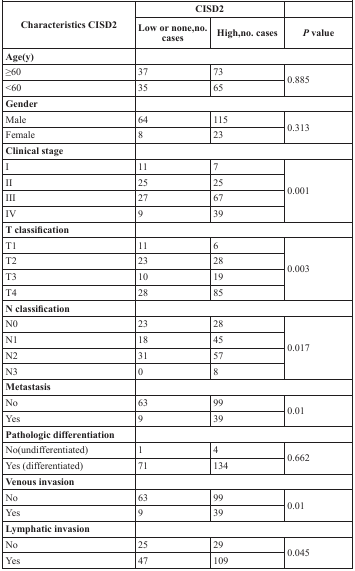
<table><thead><tr><td rowspan="2"><b>Characteristics CISD2</b></td><td colspan="2"><b>CISD2</b></td><td></td></tr><tr><td><b>Low or none,no. cases</b></td><td><b>High,no. cases</b></td><td><b><i>P</i> value</b></td></tr></thead><tbody><tr><td><b>Age(y)</b></td><td colspan="3"></td></tr><tr><td>≥60</td><td>37</td><td>73</td><td rowspan="2">0.885</td></tr><tr><td>&lt;60</td><td>35</td><td>65</td></tr><tr><td><b>Gender</b></td><td colspan="3"></td></tr><tr><td>Male</td><td>64</td><td>115</td><td rowspan="2">0.313</td></tr><tr><td>Female</td><td>8</td><td>23</td></tr><tr><td><b>Clinical stage</b></td><td colspan="3"></td></tr><tr><td>I</td><td>11</td><td>7</td><td rowspan="4">0.001</td></tr><tr><td>II</td><td>25</td><td>25</td></tr><tr><td>III</td><td>27</td><td>67</td></tr><tr><td>IV</td><td>9</td><td>39</td></tr><tr><td><b>T classification</b></td><td colspan="3"></td></tr><tr><td>T1</td><td>11</td><td>6</td><td rowspan="4">0.003</td></tr><tr><td>T2</td><td>23</td><td>28</td></tr><tr><td>T3</td><td>10</td><td>19</td></tr><tr><td>T4</td><td>28</td><td>85</td></tr><tr><td><b>N classification</b></td><td colspan="3"></td></tr><tr><td>N0</td><td>23</td><td>28</td><td rowspan="4">0.017</td></tr><tr><td>N1</td><td>18</td><td>45</td></tr><tr><td>N2</td><td>31</td><td>57</td></tr><tr><td>N3</td><td>0</td><td>8</td></tr><tr><td><b>Metastasis</b></td><td colspan="3"></td></tr><tr><td>No</td><td>63</td><td>99</td><td rowspan="2">0.01</td></tr><tr><td>Yes</td><td>9</td><td>39</td></tr><tr><td><b>Pathologic differentiation</b></td><td colspan="3"></td></tr><tr><td>No(undifferentiated)</td><td>1</td><td>4</td><td rowspan="2">0.662</td></tr><tr><td>Yes (differentiated)</td><td>71</td><td>134</td></tr><tr><td><b>Venous invasion</b></td><td colspan="3"></td></tr><tr><td>No</td><td>63</td><td>99</td><td rowspan="2">0.01</td></tr><tr><td>Yes</td><td>9</td><td>39</td></tr><tr><td><b>Lymphatic invasion</b></td><td colspan="3"></td></tr><tr><td>No</td><td>25</td><td>29</td><td rowspan="2">0.045</td></tr><tr><td>Yes</td><td>47</td><td>109</td></tr></tbody></table>